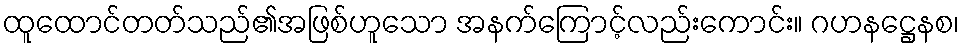
ထူထောင်တတ်သည်၏အဖြစ်ဟူသော အနက်ကြောင့်လည်းကောင်း။ ဂဟနဋ္ဌေနစ၊